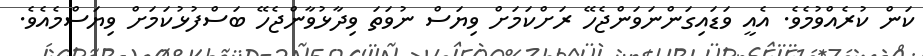
ކަން ކުރެއްވުމެވެ. އެއީ ވަޑައިގަންނަވަންޖެހޭ ރަށްކަމަށް ވިޔަސް ނުވަތަ ވިދާޅުވާންޖެހޭ ބަސްފުޅުކަމަށް ވިޔަސްމެއެވެ.